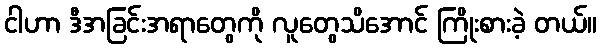
ငါဟာ ဒီအခြင်းအရာတွေကို လူတွေသိအောင် ကြိုးစားခဲ့ တယ်။